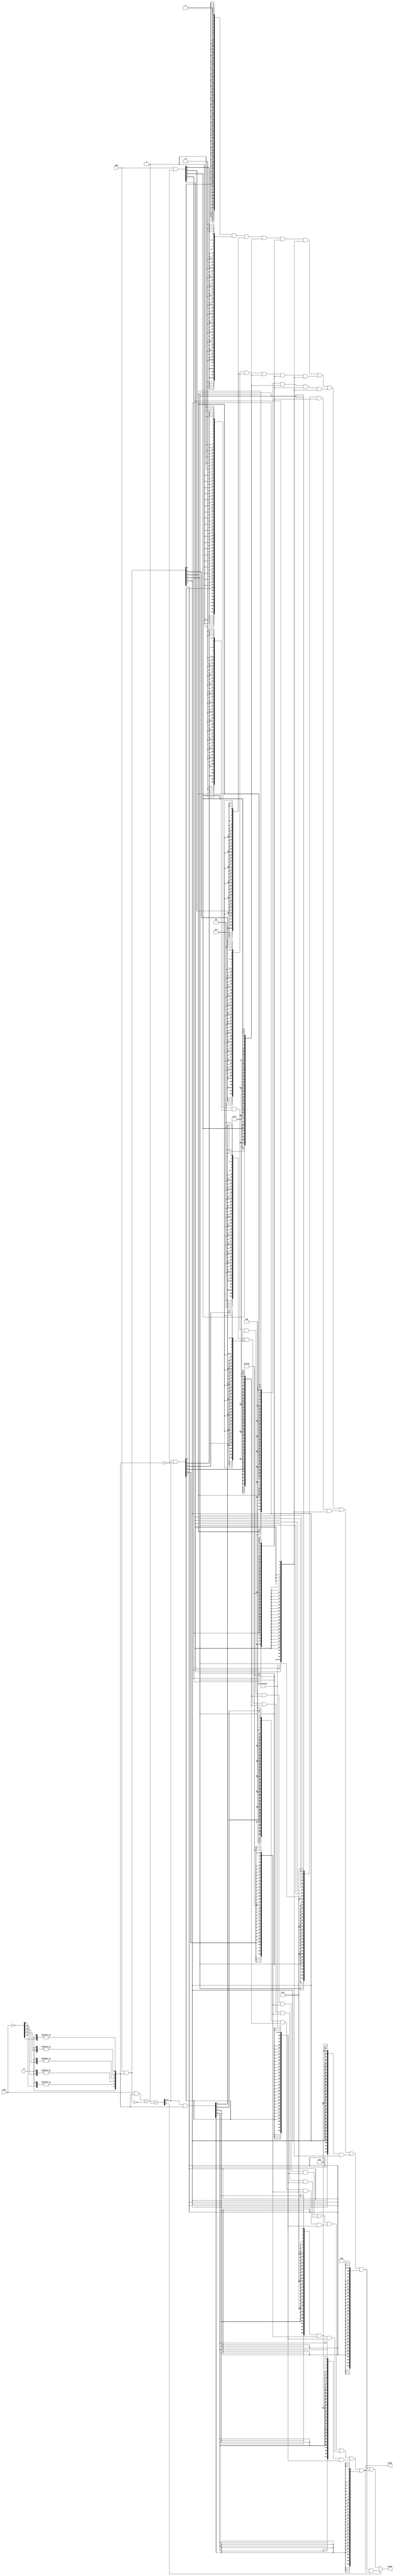
//----------------------------------------------------------------------------
//The information contained in this file may only be used by a person
//authorised under and to the extent permitted by a subsisting licensing 
//agreement from Arm Limited or its affiliates 
//
//(C) COPYRIGHT 2020 Arm Limited or its affiliates
//ALL RIGHTS RESERVED.
//Licensed under the ARM EDUCATION INTRODUCTION TO COMPUTER ARCHITECTURE 
//EDUCATION KIT END USER LICENSE AGREEMENT.
//See https://www.arm.com/-/media/Files/pdf/education/computer-architecture-education-kit-eula
//
//This entire notice must be reproduced on all copies of this file
//and copies of this file may only be made by a person if such person is
//permitted to do so under the terms of a subsisting license agreement
//from Arm Limited or its affiliates.
//----------------------------------------------------------------------------
module ImmediateDecoder
(
	input [5:0] immr,
	input [5:0] imms,
	input       N,

	output [63:0] wmask,
	output [63:0] tmask
);

wire [6:0] n_imms;
wire [5:0] levels;
wire [6:0] diff;

assign n_imms = {N,~imms};
assign levels = {
	 n_imms[6],
	|n_imms[6:5],
	|n_imms[6:4],
	|n_imms[6:3],
	|n_imms[6:2],
	|n_imms[6:1]
};

assign diff = (imms&levels) + ~(immr&levels) + 1'b1;

/*****************************************************************************/
wire [5:0] tmask_and = diff[5:0] | ~levels;
wire [5:0] tmask_or  = diff[5:0] &  levels;

wire [63:0] tmask_a1 = {32{     tmask_and[0]  ,    1'b1   }};
wire [63:0] tmask_a2 = {16{ { 2{tmask_and[1]}},{ 2{1'b1}} }};
wire [63:0] tmask_a3 = { 8{ { 4{tmask_and[2]}},{ 4{1'b1}} }};
wire [63:0] tmask_a4 = { 4{ { 8{tmask_and[3]}},{ 8{1'b1}} }};
wire [63:0] tmask_a5 = { 2{ {16{tmask_and[4]}},{16{1'b1}} }};
wire [63:0] tmask_a6 = {    {32{tmask_and[5]}},{32{1'b1}}  };

wire [63:0] tmask_o2 = {16{ { 2{1'b0}},{ 2{tmask_or[1]}} }};
wire [63:0] tmask_o3 = { 8{ { 4{1'b0}},{ 4{tmask_or[2]}} }};
wire [63:0] tmask_o4 = { 4{ { 8{1'b0}},{ 8{tmask_or[3]}} }};
wire [63:0] tmask_o5 = { 2{ {16{1'b0}},{16{tmask_or[4]}} }};
wire [63:0] tmask_o6 = {    {32{1'b0}},{32{tmask_or[5]}}  };

assign tmask =
	(tmask_a1 & tmask_a2 & tmask_a3 & tmask_a4 & tmask_a5 & tmask_a6)
|	(tmask_o2 & tmask_a3 & tmask_a4 & tmask_a5 & tmask_a6)
|	(tmask_o3 & tmask_a4 & tmask_a5 & tmask_a6)
|	(tmask_o4 & tmask_a5 & tmask_a6)
|	(tmask_o5 & tmask_a6)
|	tmask_o6;

wire [5:0] wmask_and = immr | ~levels;
wire [5:0] wmask_or  = immr &  levels;

wire [63:0] wmask_a2 = {16{ { 2{1'b1}},{ 2{wmask_and[1]}} }};
wire [63:0] wmask_a3 = { 8{ { 4{1'b1}},{ 4{wmask_and[2]}} }};
wire [63:0] wmask_a4 = { 4{ { 8{1'b1}},{ 8{wmask_and[3]}} }};
wire [63:0] wmask_a5 = { 2{ {16{1'b1}},{16{wmask_and[4]}} }};
wire [63:0] wmask_a6 = {    {32{1'b1}},{32{wmask_and[5]}}  };

wire [63:0] wmask_o1 = {32{     wmask_or[0]  ,    1'b0   }};
wire [63:0] wmask_o2 = {16{ { 2{wmask_or[1]}},{ 2{1'b0}} }};
wire [63:0] wmask_o3 = { 8{ { 4{wmask_or[2]}},{ 4{1'b0}} }};
wire [63:0] wmask_o4 = { 4{ { 8{wmask_or[3]}},{ 8{1'b0}} }};
wire [63:0] wmask_o5 = { 2{ {16{wmask_or[4]}},{16{1'b0}} }};
wire [63:0] wmask_o6 = {    {32{wmask_or[5]}},{32{1'b0}}  };

wire [63:0] pre_wmask =
	(wmask_o1 & wmask_a2 & wmask_a3 & wmask_a4 & wmask_a5 & wmask_a6)
|	(wmask_o2 & wmask_a3 & wmask_a4 & wmask_a5 & wmask_a6)
|	(wmask_o3 & wmask_a4 & wmask_a5 & wmask_a6)
|	(wmask_o4 & wmask_a5 & wmask_a6)
|	(wmask_o5 & wmask_a6)
|	wmask_o6;

assign wmask = diff[6]? pre_wmask & tmask : pre_wmask | tmask;

endmodule